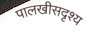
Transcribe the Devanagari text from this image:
पालखीसदृश्य